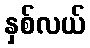
နှစ်လယ်